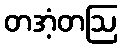
တအံ့တဩ